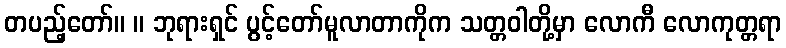
တပည့်တော်။ ။ ဘုရားရှင် ပွင့်တော်မူလာတာကိုက သတ္တဝါတို့မှာ လောကီ လောကုတ္တရာ